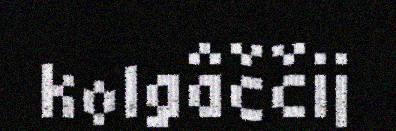
kolgâččij